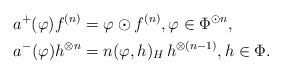
LaTeX: \begin{align*}a^+(\varphi) f^{(n)}&=\varphi\odot f^{(n)},\varphi\in\Phi^{\odot n},\\a^-(\varphi)h^{\otimes n}&=n(\varphi,h)_H\, h^{\otimes (n-1)},h\in\Phi.\end{align*}